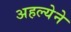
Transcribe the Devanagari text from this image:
अहल्येने